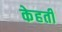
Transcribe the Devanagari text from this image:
केहती